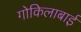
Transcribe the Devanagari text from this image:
गोकिलाबाई